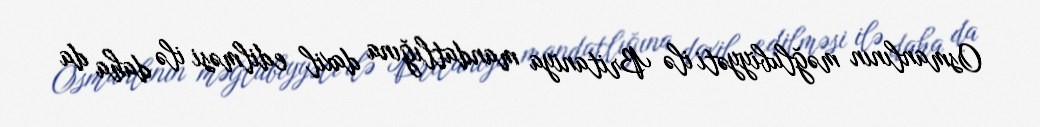
Osmanlının məğlubiyyəti ilə Britaniya mandatlığına daxil edilməsi ilə daha da